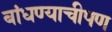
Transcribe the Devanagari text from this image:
बांधण्याचीपण